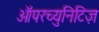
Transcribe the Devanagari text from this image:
ऑपरच्युनिटिज़